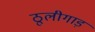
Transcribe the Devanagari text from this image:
ठूलीगाड़